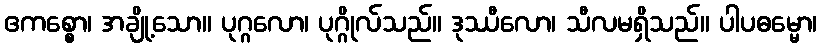
ဧကစ္စော၊ အချို့သော။ ပုဂ္ဂလော၊ ပုဂ္ဂိုလ်သည်။ ဒုဿီလော၊ သီလမရှိသည်။ ပါပဓမ္မော၊